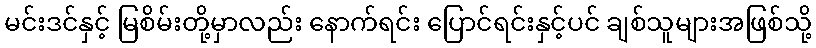
မင်းဒင်နှင့် မြစိမ်းတို့မှာလည်း နောက်ရင်း ပြောင်ရင်းနှင့်ပင် ချစ်သူများအဖြစ်သို့